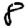
Digit: 8